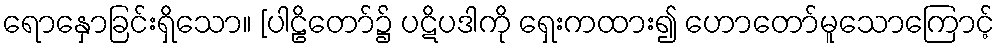
ရောနှောခြင်းရှိသော။ [ပါဠိတော်၌ ပဋိပဒါကို ရှေးကထား၍ ဟောတော်မူသောကြောင့်